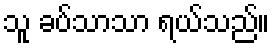
သူ ခပ်သာသာ ရယ်သည်။